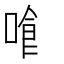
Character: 𠿰